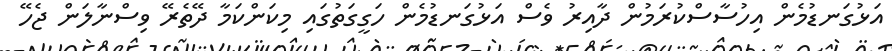
އަޅުގަނޑުމެން އިހުސާސްކުރަމުން ދާއިރު ވެސް އަޅުގަނޑުމެން ހަގީގަތުގައި މިކަންކަމާ ދޭތެރޭ ވިސްނާލަން ޖެހޭ